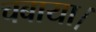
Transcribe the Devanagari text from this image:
चबाया।